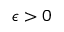
\epsilon > 0